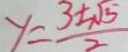
y = \frac { 3 \pm \sqrt { 1 5 } } { 2 }